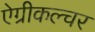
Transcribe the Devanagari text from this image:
ऐग्रीकल्चर